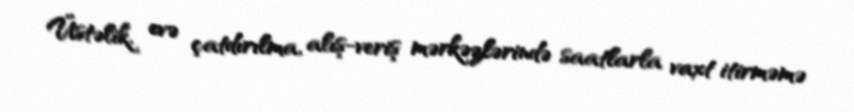
Üstəlik, evə çatdırılma, alış-veriş mərkəzlərində saatlarla vaxt itirməmə